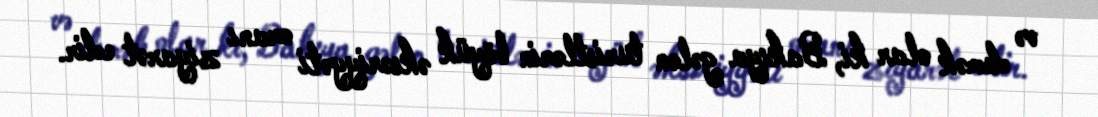
və demək olar ki, Bakıya gələn turistlərin böyük əksəriyyəti oranı ziyarət edir.